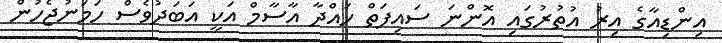
އިންޑިއާގެ އިރު އުތުރުގައި އޮންނަ ސައިފަތް ހައްދާ އާސާމް އަކީ އަބަދުވެސް ހަމަނުޖެހުން